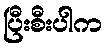
ပြီးစီးပါက